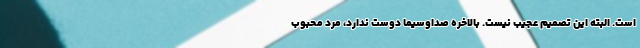
است. البته این تصمیم عجیب نیست. بالاخره صداوسیما دوست ندارد، مرد محبوب